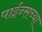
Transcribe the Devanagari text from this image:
पाईन्सच्या